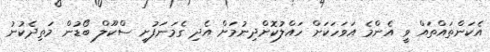
އެކަންތައްތައް ވީ އެންމެ އަވަހަކަށް ހައްލުކޮށްދިނުމަށް އެދި ގެމަނަފުށީ ސްކޫލް ބޯޑުން މަތިދެކުނު